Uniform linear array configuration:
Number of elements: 48
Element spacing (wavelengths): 1
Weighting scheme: hann
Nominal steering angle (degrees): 45
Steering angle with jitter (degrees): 46.203
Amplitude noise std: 0.05
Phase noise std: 0.05

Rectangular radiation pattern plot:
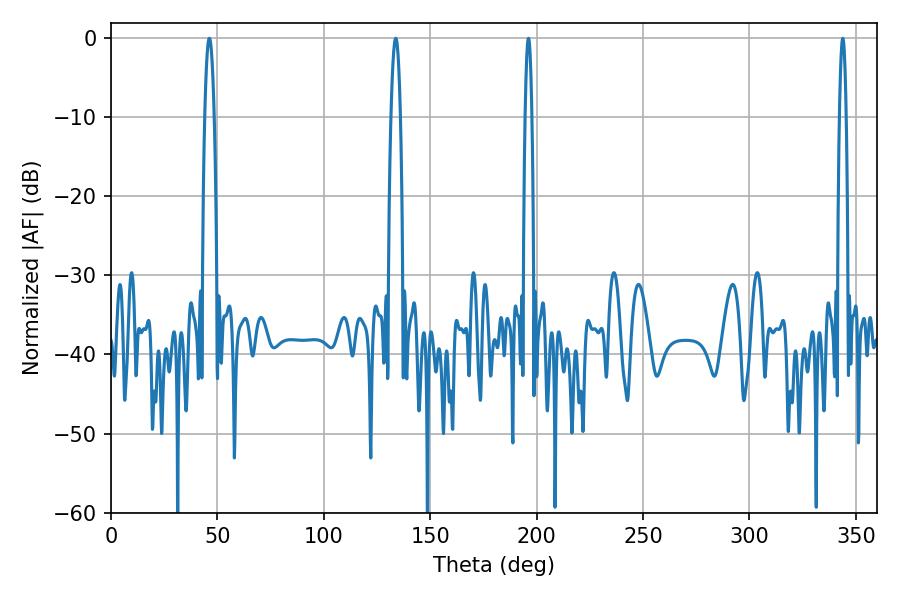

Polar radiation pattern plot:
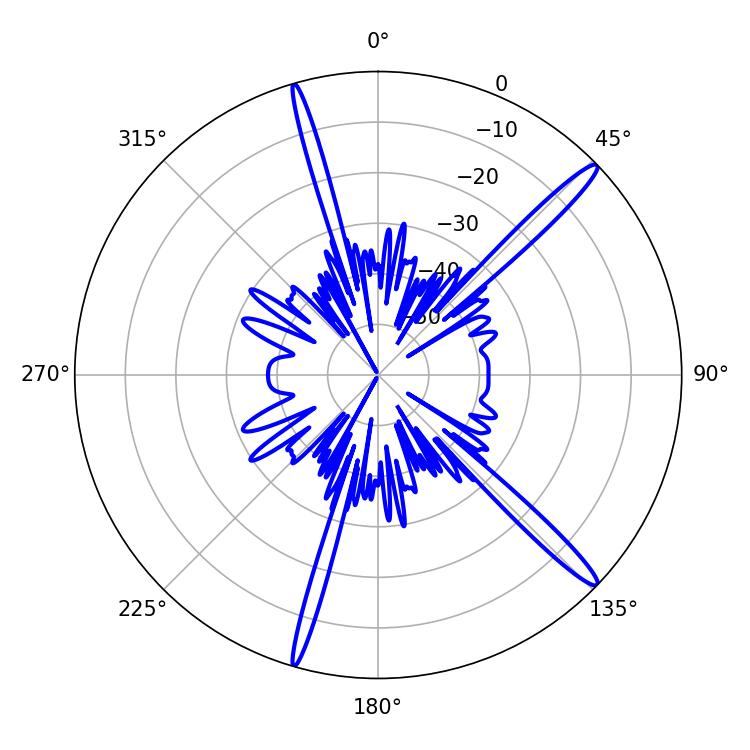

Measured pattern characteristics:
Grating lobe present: TRUE
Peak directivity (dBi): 16.144
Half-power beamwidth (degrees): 2.34
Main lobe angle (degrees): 46.26